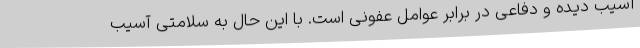
آسیب دیده و دفاعی در برابر عوامل عفونی است. با این حال به سلامتی آسیب